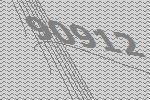
90912